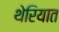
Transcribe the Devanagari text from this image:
थेरियात